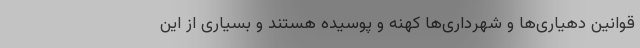
قوانین دهیاری‌ها و شهرداری‌ها کهنه و پوسیده‌ هستند و بسیاری از این